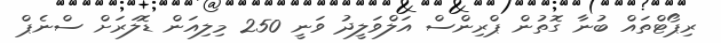
ރިޕޯޓްތައް ބުނާ ގޮތުން ޕްރިންސް އަލްވަލީދު ވަނީ 250 މިލިއަން ޑޮލަރަށް ސްނެޕް